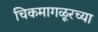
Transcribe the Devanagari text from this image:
चिकमागळूरच्या